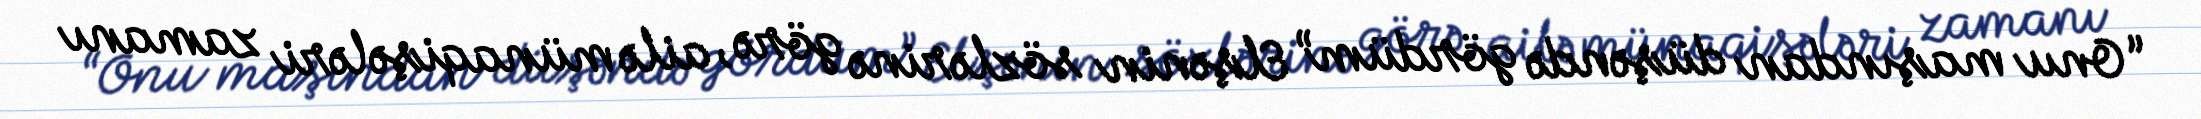
“Onu maşından düşəndə gördüm” Elşənin sözlərinə görə, ailə münaqişələri zamanı